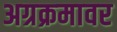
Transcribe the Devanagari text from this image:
अग्रक्रमावर